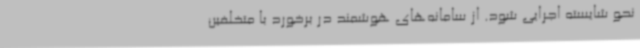
نحو شایسته اجرایی شود. از سامانه‌های هوشمند در برخورد با متخلفین